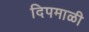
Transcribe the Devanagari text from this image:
दिपमाळी